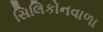
સિલિકોનવાળા